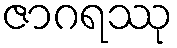
ဇာဂရဿု